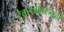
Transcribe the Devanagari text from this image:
टेकड्यांवरुनही